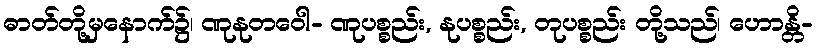
ဓာတ်တို့မှနောက်၌၊ ဏုနုတဝေါ- ဏုပစ္စည်း, နုပစ္စည်း, တုပစ္စည်း တို့သည်၊ ဟောန္တိ-